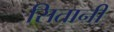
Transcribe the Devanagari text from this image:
सितानी